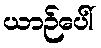
ယာဉ်ပေါ်